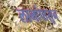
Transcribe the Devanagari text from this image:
लाभांपासून